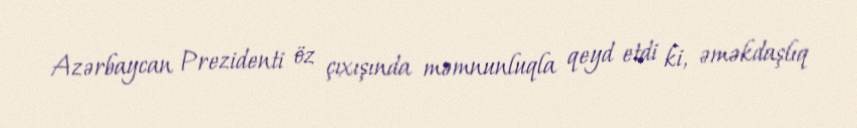
Azərbaycan Prezidenti öz çıxışında məmnunluqla qeyd etdi ki, əməkdaşlıq